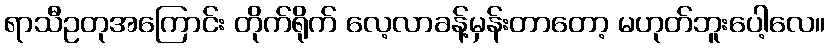
ရာသီဥတုအကြောင်း တိုက်ရိုက် လေ့လာခန့်မှန်းတာတော့ မဟုတ်ဘူးပေါ့လေ။